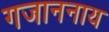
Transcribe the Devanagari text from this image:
गजाननाय